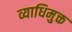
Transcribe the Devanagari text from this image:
व्याधिमुक्त